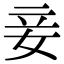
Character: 妾